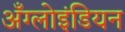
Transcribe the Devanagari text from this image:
अँग्लोइंडियन